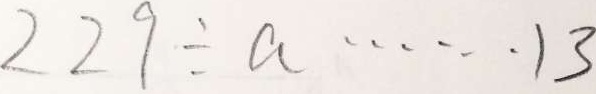
2 2 9 \div a \cdots 1 3